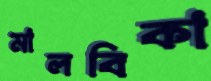
মালবিকা